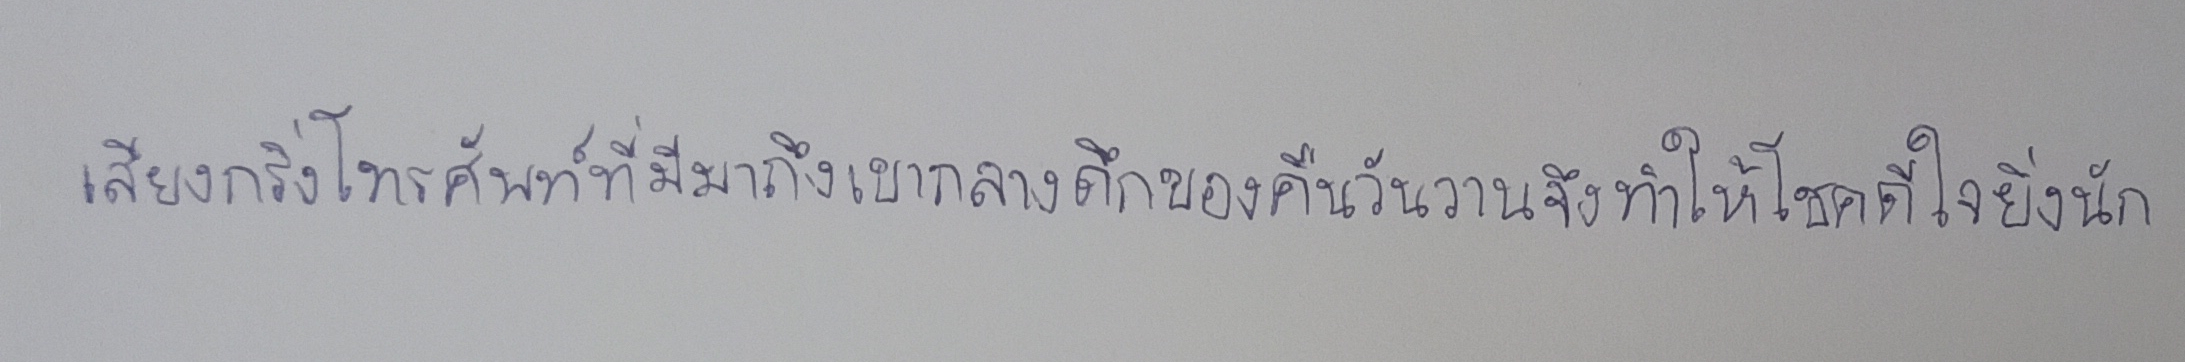
เสียงกริ่งโทรศัพท์ที่มีมาถึงเขากลางดึกของคืนวันวานจึงทำให้โชคดีใจยิ่งนัก